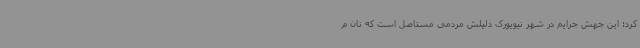
کرد: این جهش جرایم در شهر نیویورک دلیلش مردمی مستاصل است که نان م